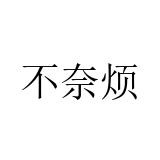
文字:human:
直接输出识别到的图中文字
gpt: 不奈烦